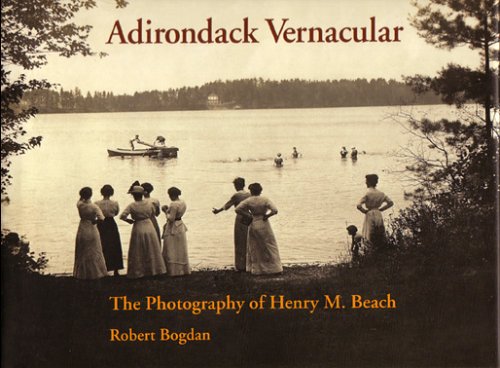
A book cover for Adirondack Vernacular: The Photography of Henry M. Beach; Robert Bogdan; Travel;